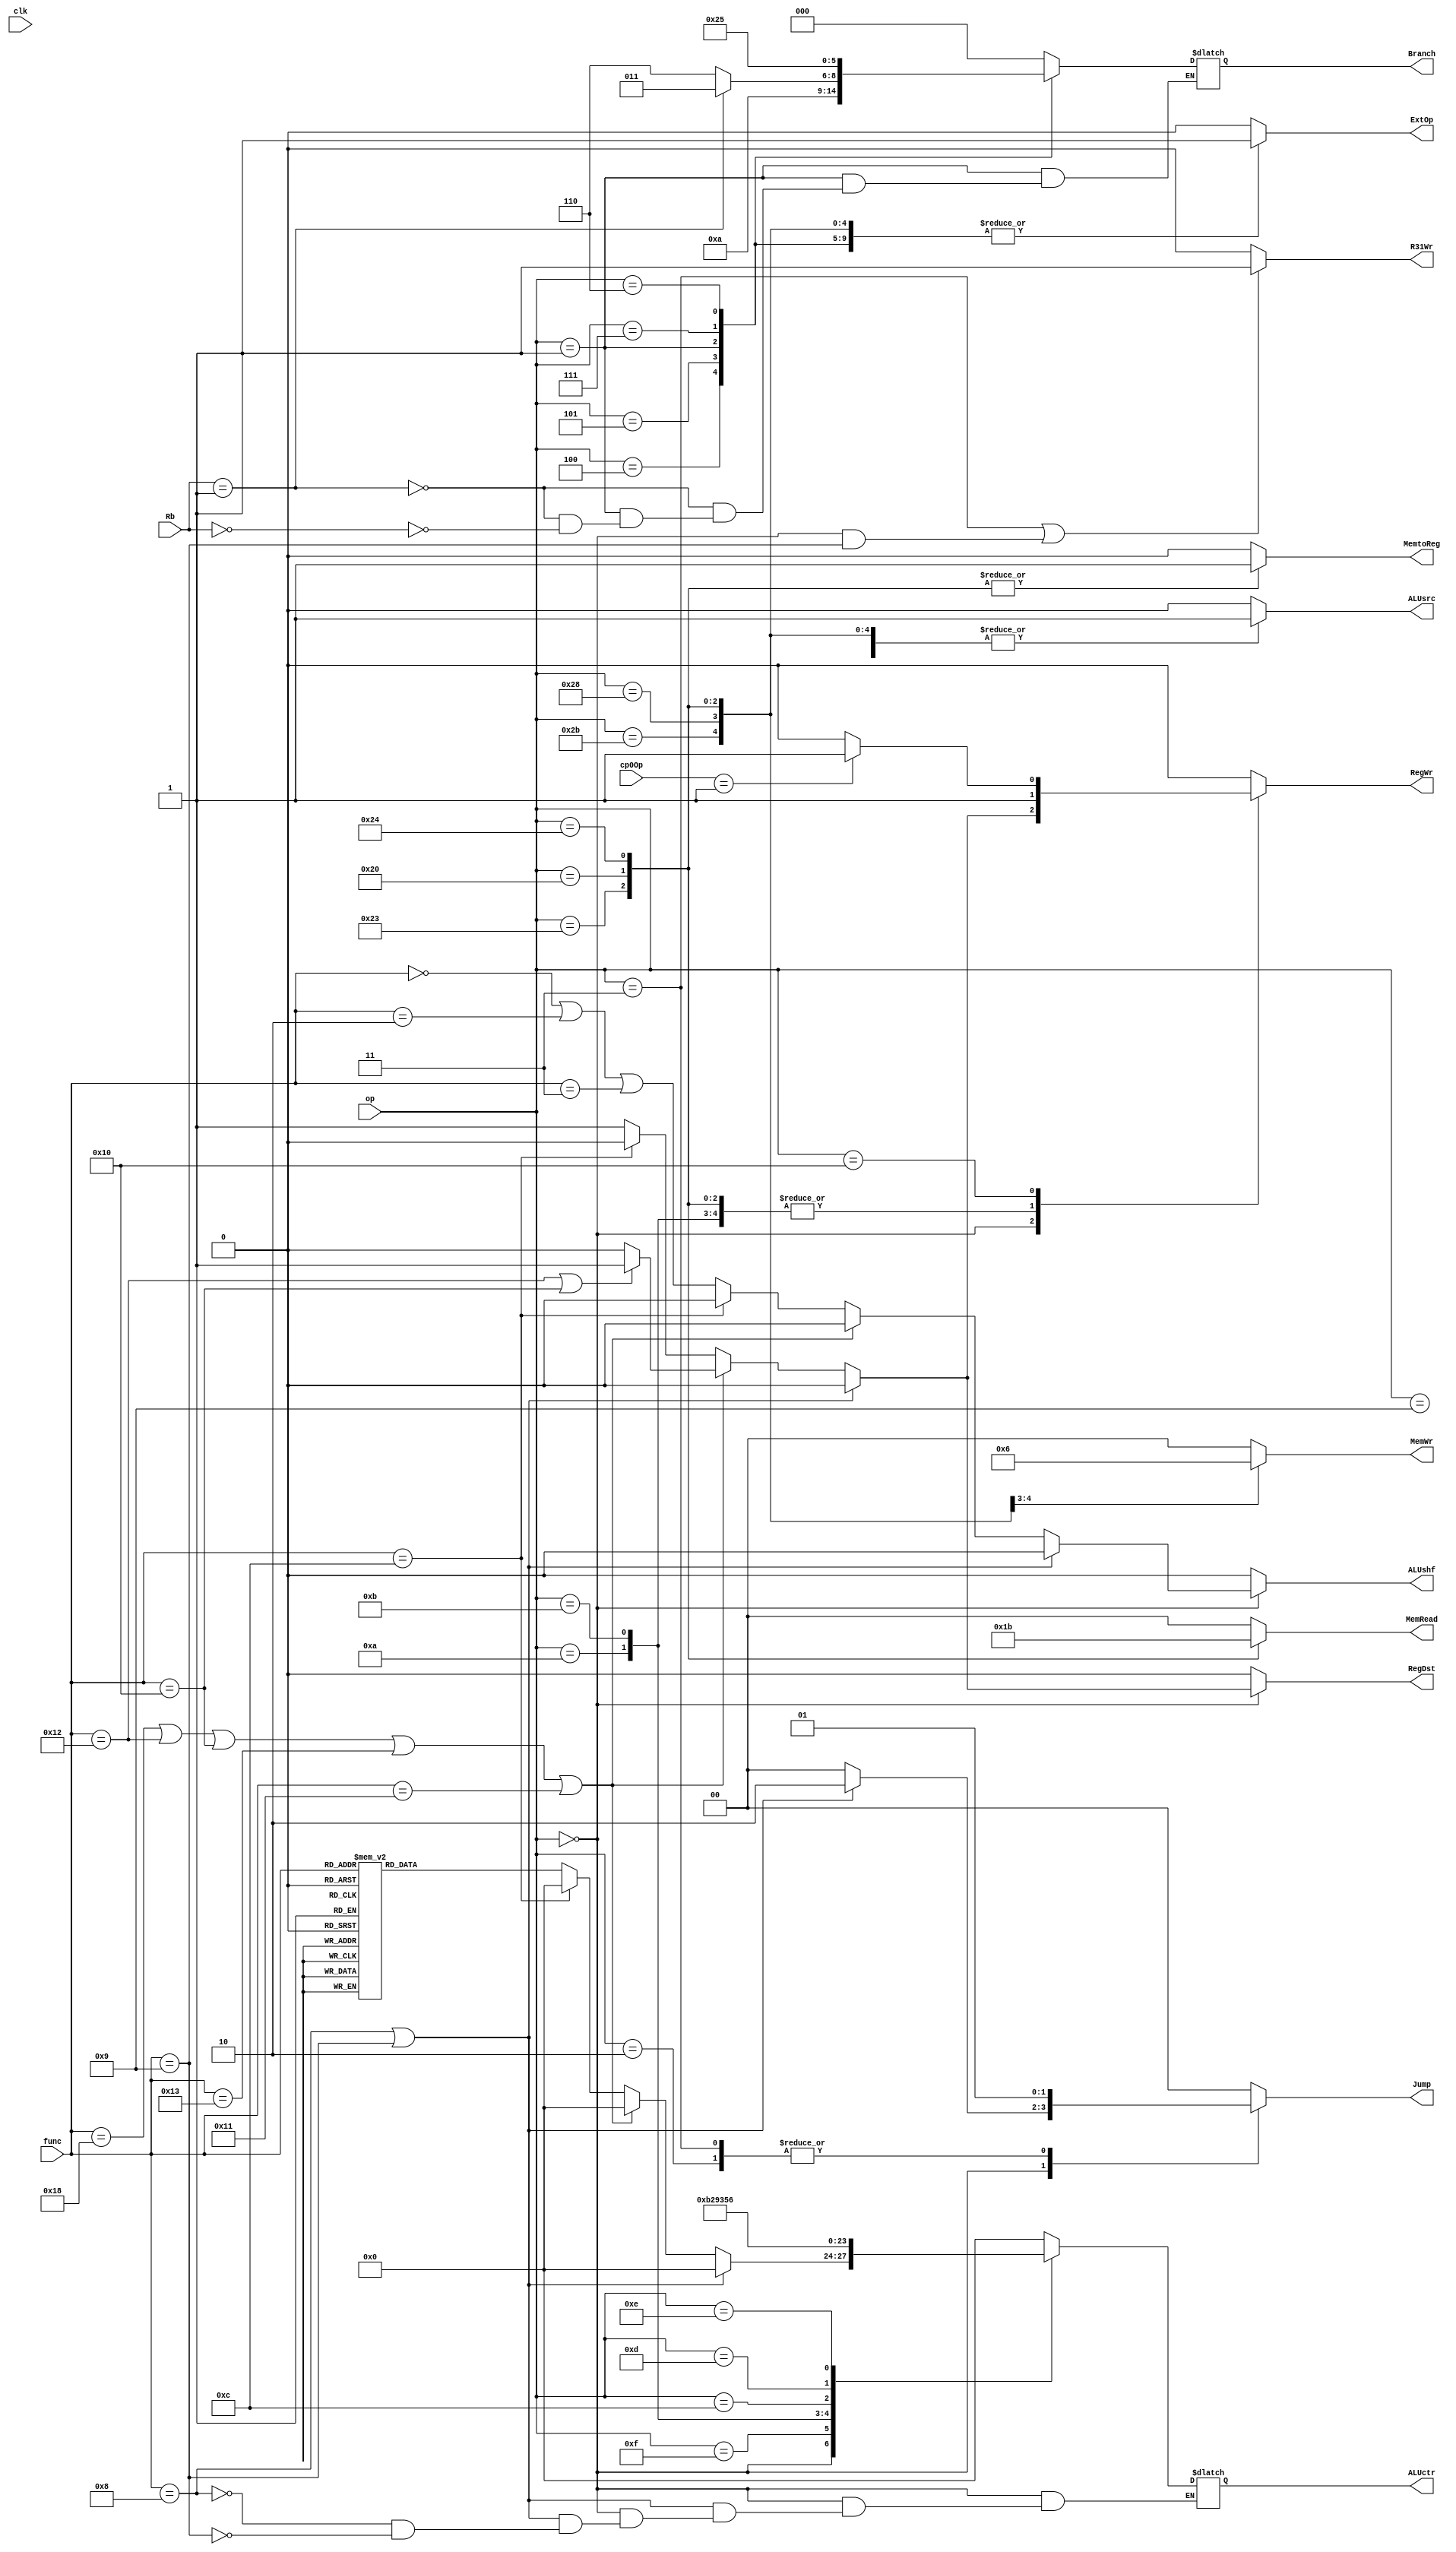
module ctrl(clk,    op,        func,   ALUctr,
			Branch, Jump,      RegDst, ALUsrc,  MemtoReg, 
			RegWr,  MemWr,     ExtOp,  MemRead, ALUshf,
			R31Wr,  Rb,        cp0Op);//RbBLTZ==BGEZ
									   //cp0OpMFCORegWr1

	input 			 clk;
	input      [5:0] op,func;
	//----{BLTZBGEZ}begin
	input      [4:0] Rb;
	//----{BLTZBGEZ}end
	//----{cp0OpMFCORegWr10}begin
	input      [2:0] cp0Op;
	//----{cp0OpMFCORegWr10}end
	output reg [3:0] ALUctr;
	output reg [2:0] Branch;
	output reg [1:0] Jump;
	output reg       RegDst;
	output reg		 ALUsrc;//WrEn
	output reg 		 MemtoReg;
	output reg  	 RegWr;
	output reg [1:0] MemWr;
	output reg 		 ExtOp;
	output reg [1:0] MemRead;
	output reg 		 ALUshf;
	output reg 		 R31Wr;

	//*********op*********//
	parameter R     = 6'b000000, ADDIU    = 6'b001001, LUI  = 6'b001111, SLTI = 6'b001010, SLTIU = 6'b001011,
			  ANDI  = 6'b001100, ORI      = 6'b001101, XORI = 6'b001110, BEQ  = 6'b000100, BNE   = 6'b000101,
			  BGEZ  = 6'b000001, BGTZ     = 6'b000111, BLEZ = 6'b000110, BLTZ = 6'b000001, LW    = 6'b100011,//BLTZ==BGEZ
			  SW    = 6'b101011, LB       = 6'b100000, LBU  = 6'b100100, SB   = 6'b101000, J     = 6'b000010,
			  JAL   = 6'b000011, CP0_OP   = 6'b010000;/*{CP0_OPSYSCALL}*/
	//JR = 6'b000000, JALR = 6'b000000

	//********func********// op = 6'b000000
    parameter ADDU = 6'b100001, SUBU = 6'b100011, SLT  = 6'b101010, AND  = 6'b100100, NOR  = 6'b100111,
              OR   = 6'b100101, XOR  = 6'b100110, SLTU = 6'b101011, SLLV = 6'b000100, SRAV = 6'b000111,
              SRLV = 6'b000110, SLL  = 6'b000000, SRL  = 6'b000010, SRA  = 6'b000011, JR   = 6'b001000,
              JALR = 6'b001001;

    //********Mul_func******// op = 6'b000000
	parameter MULT = 6'b011000, MFLO = 6'b010010, MFHI = 6'b010000,
			  MTLO = 6'b010011, MTHI = 6'b010001;

	//********CP0_func{SYSCALL}******// op = 6'b000000
	parameter SYSCALL = 6'b001100;

    //*******ALUctr******//
    parameter Addu = 4'b0000, Subu = 4'b0001, Slt = 4'b0010, And = 4'b0011, Nor  = 4'b0100,
    		  Or   = 4'b0101, Xor  = 4'b0110, Sll = 4'b0111, Srl = 4'b1000, Sltu = 4'b1001,
    		  Sra  = 4'b1010, Lui  = 4'b1011, 
    		  Nop  = 4'b0000;

    //*******Initial*****//
    initial begin
    	ALUctr		= 4'd0;
     	Branch		= 3'd0;
    	Jump		= 2'b0;
    	RegDst		= 0;
    	ALUsrc		= 0;
    	MemtoReg	= 0;
    	RegWr 	 	= 0;
    	MemWr		= 2'b0;
    	ExtOp		= 0;
    	MemRead     = 2'b0;
    	ALUshf		= 0;
    end

    //******Always*******//
	always @(*)begin
		//----{R31Wr,31}begin
		if (op == JAL || (op == R && func == JALR)) begin
			R31Wr = 1;
		end else begin
			R31Wr = 0;
		end
		//----{R31Wr,31}end
		case (op)
			R:begin
				//----{JR && JALR}begin
				if (func == JR || func == JALR) begin 
					Branch = 3'b000;
					Jump   = 2'b10;
					RegDst = 0;
					ALUsrc = 0;
						
					MemtoReg = 0;
					RegWr    = 0;
					MemWr    = 0;
					ExtOp    = 0;
					MemRead  = 2'b00;
					ALUshf   = 0;
					case (func)
						JR:   ALUctr = Nop;
						JALR: ALUctr = Nop;
					endcase 
				end 
				//----{JR && JALR}end
				//----{mul}begin
				else if (func == MULT || func == MFLO || func == MFHI || func == MTLO || func == MTHI) begin
					Branch = 3'b000;
					Jump   = 2'b0;
					if (func == MFLO || func == MFHI) RegDst = 1; else RegDst = 0;
					ALUsrc = 0;
						
					MemtoReg = 0;
					if (func == MFLO || func == MFHI) RegWr  = 1; else RegWr  = 0;
					MemWr    = 2'b0;
					ExtOp    = 0;
					MemRead  = 2'b00;			
					ALUshf   = 0;
					ALUctr   = 3'b000;	
				end 
				//----{mul}end
				//----{cp0_SYSCALL}begin
				else if (func == SYSCALL) begin
					Branch = 3'b000;
					Jump   = 2'b0;
					RegDst = 0;
					ALUsrc = 0;
						
					MemtoReg = 0;
					RegWr    = 0;
					MemWr    = 2'b0;
					ExtOp    = 0;
					MemRead  = 2'b00;
					ALUshf   = 0;
					ALUctr   = 3'b000;
				end
				//----{cp0_SYSCALL}end
				//----{R_else}begin
				else begin
					Branch = 3'b000;
					Jump   = 2'b0;
					RegDst = 1;
					ALUsrc = 0;
						
					MemtoReg = 0;
					RegWr    = 1;
					MemWr    = 2'b0;
					ExtOp    = 0;
					MemRead  = 2'b00;
					ALUshf   = (func == 6'b000000) || (func == 6'b000010) || (func == 6'b000011);
					
					case (func)
						ADDU: ALUctr = Addu;
						SUBU: ALUctr = Subu;
						SLT : ALUctr = Slt;
						AND : ALUctr = And;
						NOR : ALUctr = Nor;
						OR  : ALUctr = Or;
						XOR : ALUctr = Xor;
						SLTU: ALUctr = Sltu;
						SLLV: ALUctr = Sll;
						SRAV: ALUctr = Sra;
						SRLV: ALUctr = Srl;
						SLL : ALUctr = Sll;
						SRL : ALUctr = Srl;
						SRA : ALUctr = Sra;
						JR  : ALUctr = Nop;
						JALR: ALUctr = Nop;
						default: ALUctr = Nop;
					endcase 
				end
				//----{R_else}end
			end//end R
			ADDIU:begin
				Branch   = 3'b000;
				Jump     = 2'b0;
				RegDst   = 0;
				ALUsrc   = 1;
					
				MemtoReg = 0;
				RegWr    = 1;
				MemWr    = 2'b0;
				ExtOp    = 1;
				MemRead  = 2'b00;
				ALUshf   = 0;

				ALUctr   = Addu;
			end
			LUI:begin
				Branch   = 3'b000;
				Jump     = 2'b0;
				RegDst   = 0;
				ALUsrc   = 1;
					
				MemtoReg = 0;
				RegWr    = 1;
				MemWr    = 2'b0;
				ExtOp    = 0;
				MemRead  = 2'b00;
				ALUshf   = 0;

				ALUctr   = Lui;
			end 
			SLTI:begin
				Branch   = 3'b000;
				Jump     = 2'b0;
				RegDst   = 0;
				ALUsrc   = 1;
					
				MemtoReg = 0;
				RegWr    = 1;
				MemWr    = 2'b0;
				ExtOp    = 1;
				MemRead  = 2'b00;
				ALUshf   = 0;

				ALUctr   = Slt;
			end
			SLTIU:begin
				Branch   = 3'b000;
				Jump     = 2'b0;
				RegDst   = 0;
				ALUsrc   = 1;
					
				MemtoReg = 0;
				RegWr    = 1;
				MemWr    = 2'b0;
				ExtOp    = 1;
				MemRead  = 2'b00;
				ALUshf   = 0;

				ALUctr   = Sltu;
			end
			ANDI:begin
				Branch   = 3'b000;
				Jump     = 2'b0;
				RegDst   = 0;
				ALUsrc   = 1;
					
				MemtoReg = 0;
				RegWr    = 1;
				MemWr    = 2'b0;
				ExtOp    = 0;
				MemRead  = 2'b00;
				ALUshf   = 0;

				ALUctr   = And;
			end
			ORI:begin
				Branch   = 3'b000;
				Jump     = 2'b0;
				RegDst   = 0;
				ALUsrc   = 1;
					
				MemtoReg = 0;
				RegWr    = 1;
				MemWr    = 2'b0;
				ExtOp    = 0;
				MemRead  = 2'b00;
				ALUshf   = 0;

				ALUctr   = Or;
			end
			XORI:begin
				Branch   = 3'b000;
				Jump     = 2'b0;
				RegDst   = 0;
				ALUsrc   = 1;
					
				MemtoReg = 0;
				RegWr    = 1;
				MemWr    = 2'b0;
				ExtOp    = 0;
				MemRead  = 2'b00;
				ALUshf   = 0;

				ALUctr   = Xor;
			end
			BEQ:begin
				Branch   = 3'b001;
				Jump     = 2'b0;
				RegDst   = 0;
				ALUsrc   = 0;
					
				MemtoReg = 0;
				RegWr    = 0;
				MemWr    = 2'b0;
				ExtOp    = 1;
				MemRead  = 2'b00;
				ALUshf   = 0;

				ALUctr   = Nop;
			end
			BNE:begin
				Branch   = 3'b010;
				Jump     = 2'b0;
				RegDst   = 0;
				ALUsrc   = 0;
					
				MemtoReg = 0;
				RegWr    = 0;
				MemWr    = 2'b0;
				ExtOp    = 1;
				MemRead  = 2'b00;
				ALUshf   = 0;

				ALUctr   = Nop;
			end
			BGEZ:begin//BLTZ==BGEZ
				if (Rb == 5'b00001)      Branch = 3'b011;
				else if (Rb == 5'b00000) Branch = 3'b110;  

				Jump     = 2'b0;
				RegDst   = 0;
				ALUsrc   = 0;
					
				MemtoReg = 0;
				RegWr    = 0;
				MemWr    = 2'b0;
				ExtOp    = 1;
				MemRead  = 2'b00;
				ALUshf   = 0;			

				ALUctr   = Nop;
			end
			BGTZ:begin
				Branch   = 3'b100;
				Jump     = 2'b0;
				RegDst   = 0;
				ALUsrc   = 0;
					
				MemtoReg = 0;
				RegWr    = 0;
				MemWr    = 2'b0;
				ExtOp    = 1;
				MemRead  = 2'b00;
				ALUshf   = 0;

				ALUctr   = Nop;
			end
			BLEZ:begin
				Branch   = 3'b101;
				Jump     = 2'b0;
				RegDst   = 0;
				ALUsrc   = 0;
					
				MemtoReg = 0;
				RegWr    = 0;
				MemWr    = 2'b0;
				ExtOp    = 1;
				MemRead  = 2'b00;
				ALUshf   = 0;

				ALUctr   = Nop;
			end
			LW:begin
				Branch   = 3'b000;
				Jump     = 2'b0;
				RegDst   = 0;
				ALUsrc   = 1;
					
				MemtoReg = 1;
				RegWr    = 1;
				MemWr    = 2'b0;
				ExtOp    = 1;
				MemRead  = 2'b01;
				ALUshf   = 0;

				ALUctr   = Addu;
			end
			SW:begin
				Branch   = 3'b000;
				Jump     = 2'b0;
				RegDst   = 0;
				ALUsrc   = 1;
					
				MemtoReg = 0;
				RegWr    = 0;
				MemWr    = 2'b01;
				ExtOp    = 1;
				MemRead  = 2'b00;
				ALUshf   = 0;

				ALUctr   = Addu;
			end
			LB:begin
				Branch   = 3'b000;
				Jump     = 2'b0;
				RegDst   = 0;
				ALUsrc   = 1;
					
				MemtoReg = 1;
				RegWr    = 1;
				MemWr    = 2'b0;
				ExtOp    = 1;
				MemRead  = 2'b10;
				ALUshf   = 0;

				ALUctr   = Addu;
			end
			LBU:begin
				Branch   = 3'b000;
				Jump     = 2'b0;
				RegDst   = 0;
				ALUsrc   = 1;
					
				MemtoReg = 1;
				RegWr    = 1;
				MemWr    = 2'b0;
				ExtOp    = 1;
				MemRead  = 2'b11;
				ALUshf   = 0;

				ALUctr   = Addu;
			end
			SB:begin
				Branch   = 3'b000;
				Jump     = 2'b0;
				RegDst   = 0;
				ALUsrc   = 1;
					
				MemtoReg = 0;
				RegWr    = 0;
				MemWr    = 2'b10;
				ExtOp    = 1;
				MemRead  = 2'b00;
				ALUshf   = 0;

				ALUctr   = Addu;
			end
			J:begin
				Branch   = 3'b000;
				Jump     = 2'b01;
				RegDst   = 0;
				ALUsrc   = 0;
					
				MemtoReg = 0;
				RegWr    = 0;
				MemWr    = 2'b00;
				ExtOp    = 0;
				MemRead  = 2'b00;
				ALUshf   = 0;

				ALUctr   = Nop;
			end
			JAL:begin
				Branch   = 3'b000;
				Jump     = 2'b01;
				RegDst   = 0;
				ALUsrc   = 0;
					
				MemtoReg = 0;
				RegWr    = 0;
				MemWr    = 2'b00;
				ExtOp    = 0;
				MemRead  = 2'b00;
				ALUshf   = 0;

				ALUctr   = Nop;
			end
			CP0_OP:begin
				Branch   = 3'b000;
				Jump     = 2'b00;
				RegDst   = 0;//rt
				ALUsrc   = 0;
					
				MemtoReg = 0;
				if (cp0Op == 3'b001) RegWr = 1; else RegWr = 0;
				MemWr    = 2'b00;
				ExtOp    = 0;
				MemRead  = 2'b00;
				ALUshf   = 0;

				ALUctr   = Nop;				
			end
			default:begin
				Branch   = 3'b000;
				Jump     = 2'b00;
				RegDst   = 0;
				ALUsrc   = 0;
					
				MemtoReg = 0;
				RegWr    = 0;
				MemWr    = 2'b00;
				ExtOp    = 0;
				MemRead  = 2'b00;
				ALUshf   = 0;

				ALUctr   = Nop;				
			end
		endcase
	end
endmodule